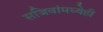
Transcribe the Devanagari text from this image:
सजिवांमध्येही